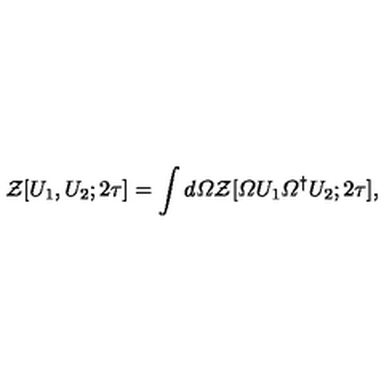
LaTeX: { \cal Z } [ U _ { 1 } , U _ { 2 } ; 2 \tau ] = \int d { \mit \Omega } { \cal Z } [ { \mit \Omega } U _ { 1 } { \mit \Omega } ^ { \dagger } U _ { 2 } ; 2 \tau ] ,